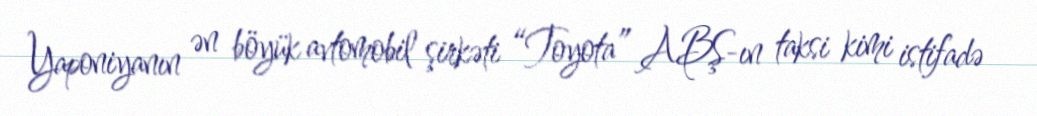
Yaponiyanın ən böyük avtomobil şirkəti “Toyota” ABŞ-ın taksi kimi istifadə